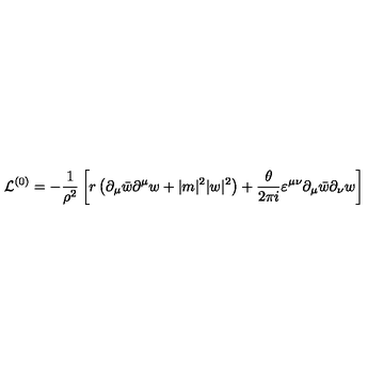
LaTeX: { \cal L } ^ { ( 0 ) } = - \frac { 1 } { \rho ^ { 2 } } \left[ r \left( \partial _ { \mu } \bar { w } \partial ^ { \mu } w + | m | ^ { 2 } | w | ^ { 2 } \right) + \frac { \theta } { 2 \pi i } \varepsilon ^ { \mu \nu } \partial _ { \mu } \bar { w } \partial _ { \nu } w \right]